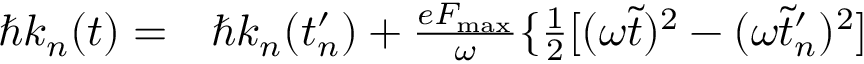
\begin{array} { r l } { \hbar k _ { n } ( t ) = } & { { } \hbar k _ { n } ( t _ { n } ^ { \prime } ) + \frac { e F _ { \mathrm { m a x } } } { \omega } \{ \frac { 1 } { 2 } [ ( \omega \tilde { t } ) ^ { 2 } - ( \omega \tilde { t } _ { n } ^ { \prime } ) ^ { 2 } ] } \end{array}